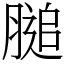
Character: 膇